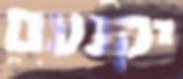
יקנעם